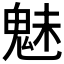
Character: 魅